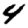
Digit: 4